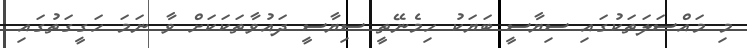
މި މައްސަލަތަކުގައި ސިޔާސީ ބަޔަކު ހިމެނޭތީ ސިޔާސީ ދައުވާތަކަކަށް ވާ ނަމަ ހަގީގަތުގައި